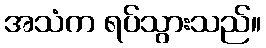
အသံက ရပ်သွားသည်။